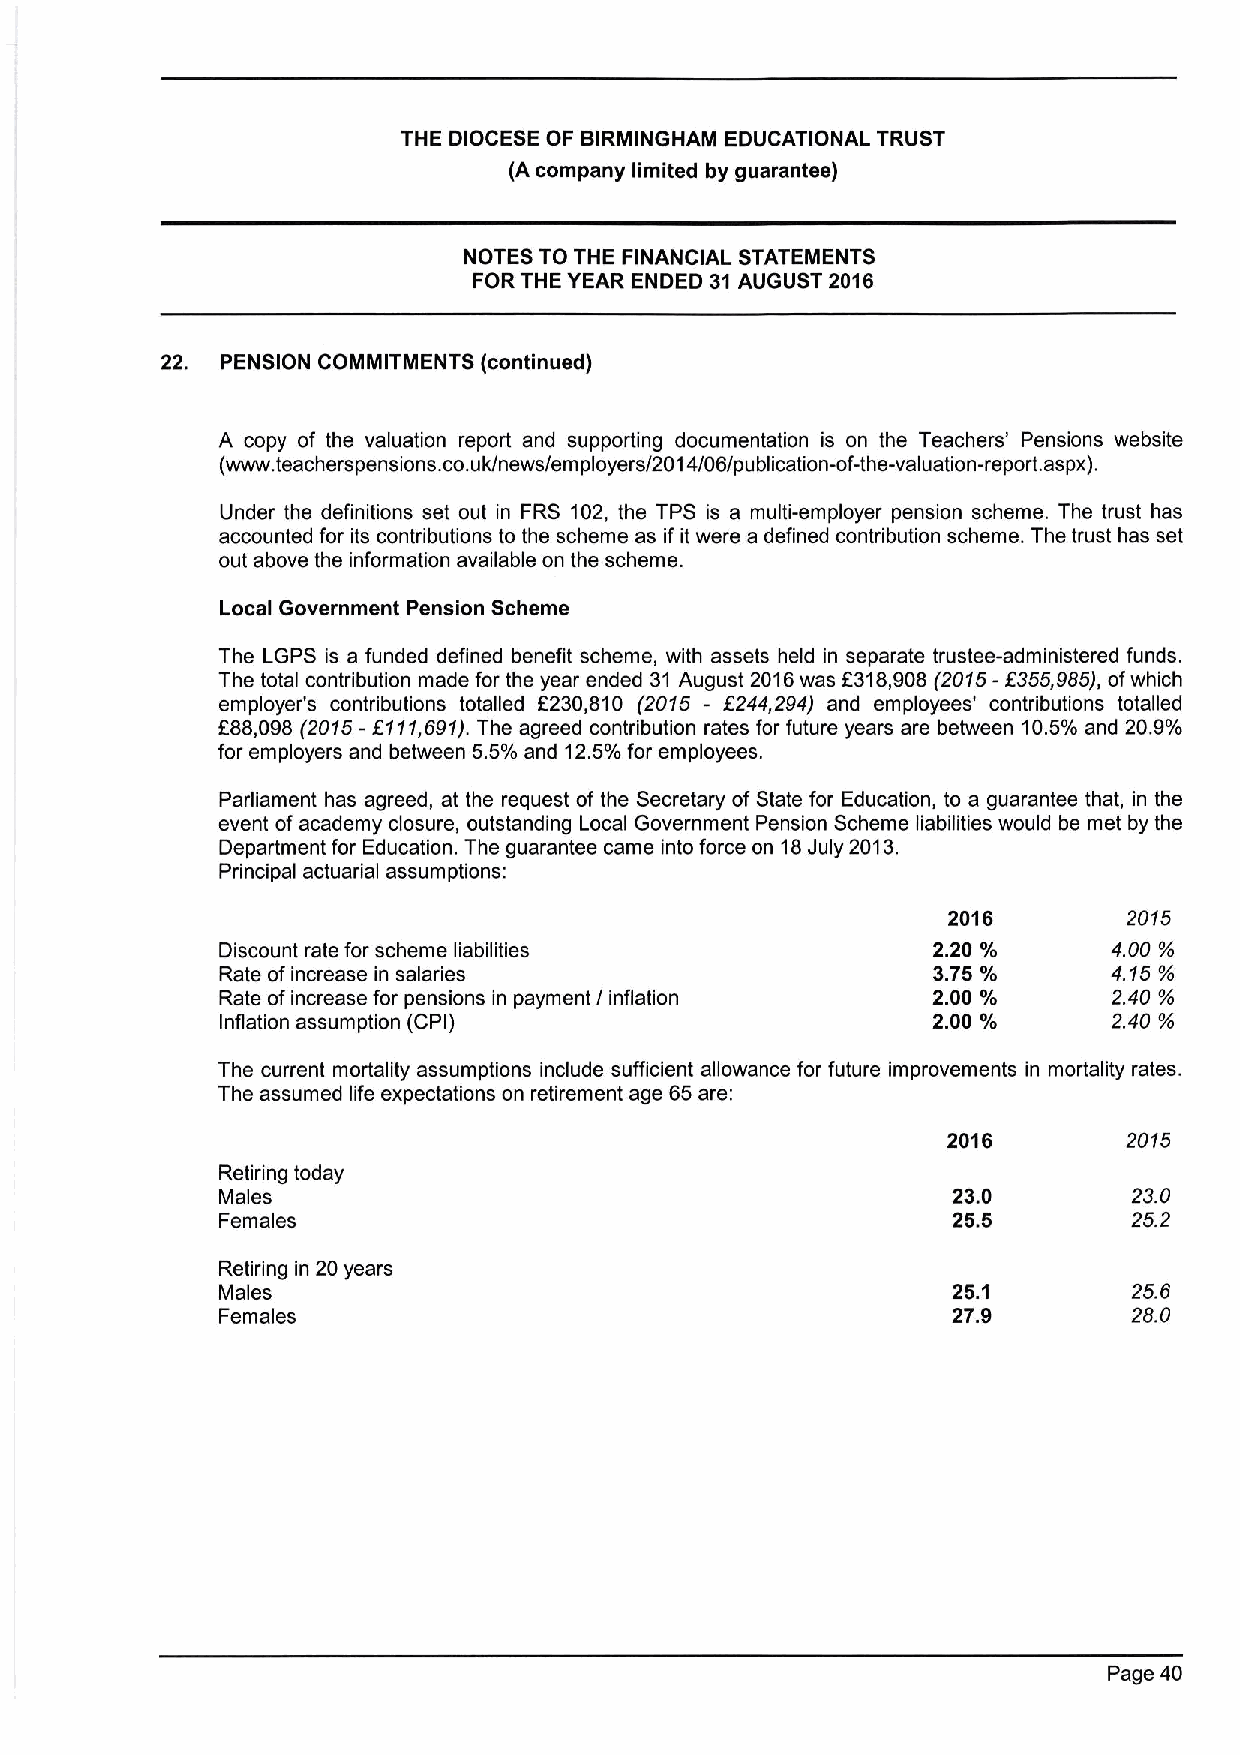
THE DIOCESE OF BIRMINGHAM EDUCATIONAL TRUST
 (A company limited by guarantee)
 NOTES TO THE FINANCIAL STATEMENTS
 FOR THE YEAR ENDED 31AUGUST 2016
 22. PENSION COMMITMENTS (continued)
 A copy of the valuation report and supporting documentation is on the Teachers' Pensions website
 (www. teac hers pensions. co.uk/news/employers/2014/06/publication-of-the-valuation-report. aspx).
 Under the definitions set out in FRS 102, the TPS is a multi-employer pension scheme. The trust has
 accounted for its contributions to the scheme as if it were a defined contribution scheme. The trust has set
 out above the information available on the scheme.
 Local Government Pension Scheme
 The LGPS is a funded defined benefit scheme, with assets held in separate trustee-administered funds.
 The total contribution made for the year ended 31 August 2016was 6318,908 (2015-8355,985), ofwhich
 employer's contributions totalled 6230,810 (2015 - 8244,294) and employees' contributions totalled
 688,098 (2015-8111,691).The agreed contribution rates for future years are between 10.5'/o and 20.9'/o
 for employers and between 5.5'/o and 12.5'/o for employees.
 Parliament has agreed, at the request of the Secretary of State for Education, to a guarantee that, in the
 event ofacademy closure, outstanding Local Government Pension Scheme liabilities would be met by the
 Department for Education. The guarantee came into force on 18July 2013.
 Principal actuarial assumptions:
 2016        2015
 Discount rate for scheme liabilities            2.20 '/o    4.00 Mo
 Rate ofincrease in salaries                     375 o/o     415 o/o
 Rate ofincrease for pensions in payment / inflation 2.00 '/o 2.40 o/o
 Inflation assumption (CPI)                     2.00 '/o    2.40 9o
 The current mortality assumptions include sufficient allowance for future improvements in mortality rates.
 The assumed life expectations on retirement age 65are:
 2016        2015
 Retiring today
 Males                                            23.0        23.0
 Females                                          25.5        25.2
 Retiring in 20years
 Males                                            25.1        25.6
 Females                                          27.9        28.0
 Page 40